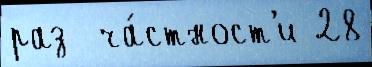
раз  ча́стност'и 28